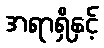
အရာရှိနှင့်